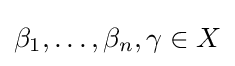
\beta _{1},\ldots ,\beta _{n},\gamma \in X